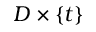
D \times \{ t \}